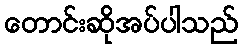
တောင်းဆိုအပ်ပါသည်